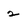
Character: 2